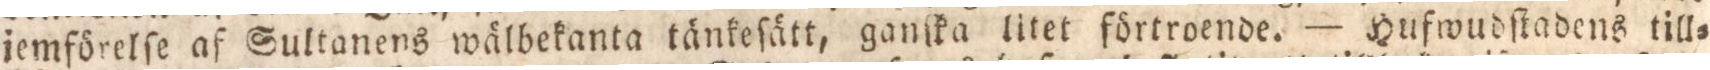
jemförelſe af Sultanens wälbekanta tänkeſätt, ganſka litet förtroende. — Hufwudſtadens till=